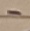
Text: -